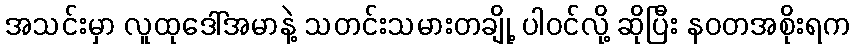
အသင်းမှာ လူထုဒေါ်အမာနဲ့ သတင်းသမားတချို့ ပါဝင်လို့ ဆိုပြီး နဝတအစိုးရက